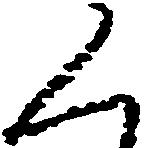
く